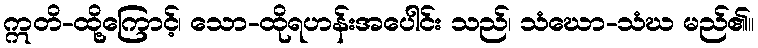
ဣတိ-ထို့ကြောင့်၊ သော-ထိုရဟန်းအပေါင်း သည်၊ သံဃော-သံဃ မည်၏။